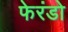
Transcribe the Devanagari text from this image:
फेरंडो